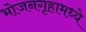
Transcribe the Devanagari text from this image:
भोजनगृहामध्ये